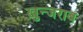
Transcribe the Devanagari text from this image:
ख़ुन्जराब